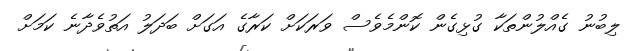
ލިބުނު ގެއްލުންތަކާ ގުޅިގެން ކޮންމެވެސް ވަރަކަށް ކަރާގެ އަގަށް ބަދަލު އަތުވެދާނެ ކަމަށް